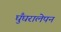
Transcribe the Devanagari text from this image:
घुँघरालेपन